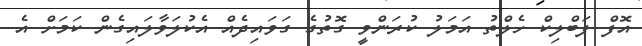
އޮފް ޕަބްލިކް ހެލްތު އަމަލު ކުރަންވީ ގޮތުުގެ ގަވައިދެއް އެކުލަވާލައިގެން ކަމަށް އެ